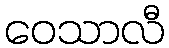
ဝေသာလီ